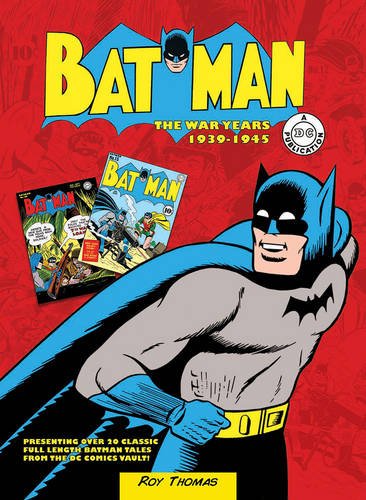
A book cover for Batman: The War Years 1939-1945: Presenting over 20 classic full length Batman tales from the DC comics vault!; Roy Thomas; Comics & Graphic Novels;